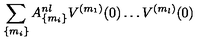
\sum _ { \{ m _ { i } \} } A _ { \{ m _ { i } \} } ^ { n l } V ^ { ( m _ { 1 } ) } ( 0 ) \dots V ^ { ( m _ { l } ) } ( 0 )